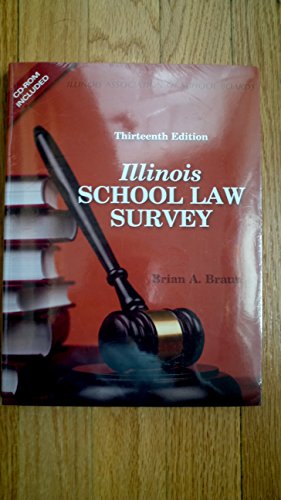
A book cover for Illinois School Law Survey 2014-2016; Brian A. Braun; Law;